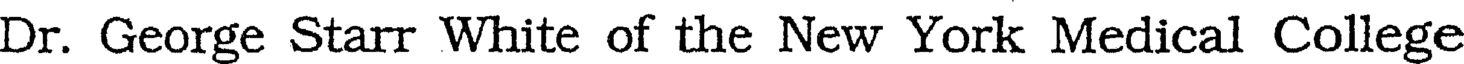
Dr. George Starr White of the New York Medical College